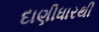
દાણીધારથી